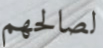
لصالحهم